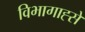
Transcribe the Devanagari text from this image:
विभागाह्से